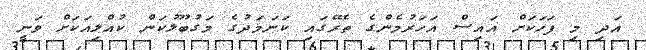
އަދި މި ފަހަކަށް އައިސް އަހަރުމެންގެ ތެރޭގައި ކަނަމަދުގެ މަގުބޫލުކަން ކުއްލިއަކަށް ވަނީ